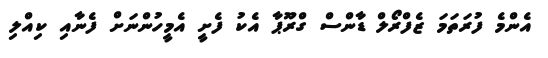
އެންމެ ފުރަތަމަ ޒެފްރޯލް ޑާންސް ގްރޫޕާ އެކު ފެށީ އެމީހުންނަށް ފެނާއި ކިއްލި